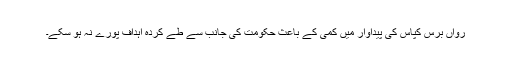
رواں برس کپاس کی پیداوار میں کمی کے باعث حکومت کی جانب سے طے کردہ اہداف پورے نہ ہو سکے۔